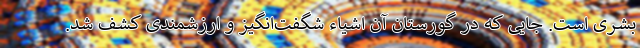
بشری است. جایی که در گورستان آن اشیاء شگفت‌انگیز و ارزشمندی کشف شد.